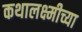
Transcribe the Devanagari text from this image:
कथालक्ष्मीच्या